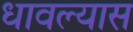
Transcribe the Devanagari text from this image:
धावल्यास